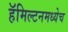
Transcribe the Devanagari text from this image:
हॅमिल्टनमध्येच